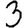
Digit: 3